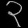
Digit: ၃